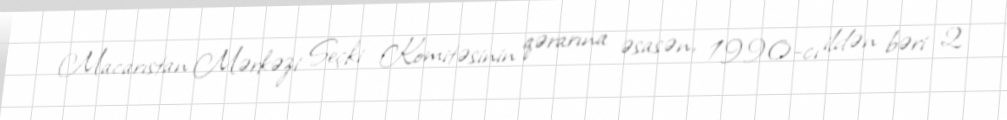
Macarıstan Mərkəzi Seçki Komitəsinin qərarına əsasən, 1990-cı ildən bəri 2